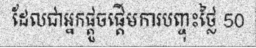
ដែលជាអ្នកផ្តួចផ្តើមការបញ្ចុះថ្លៃ 50